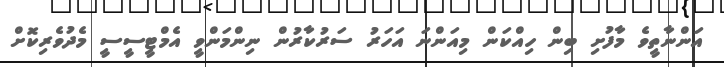
އަންނާތީވެ މާފުށި ބިން ހިއްކަން މިއަންނަ އަހަރު ސަރުކާރުން ނިންމަންވީ އެމްޓީސީސީ މެދުވެރިކޮށް